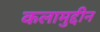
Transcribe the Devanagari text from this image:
कलामुद्दीन